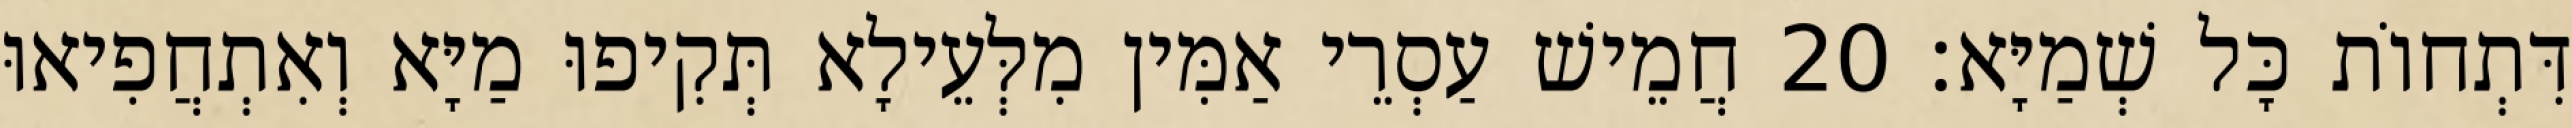
דִּתְחוֹת כָּל שְׁמַיָּא׃ 20 חֲמֵישׁ עַסְרֵי אַמִּין מִלְּעֵילָא תְּקִיפוּ מַיָּא וְאִתְחֲפִיאוּ